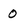
Character: 0